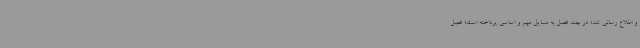
و اطلاع رسانی شد؛ در چند فصل به مسایل مهم و اساسی پرداخته است؛ فصل